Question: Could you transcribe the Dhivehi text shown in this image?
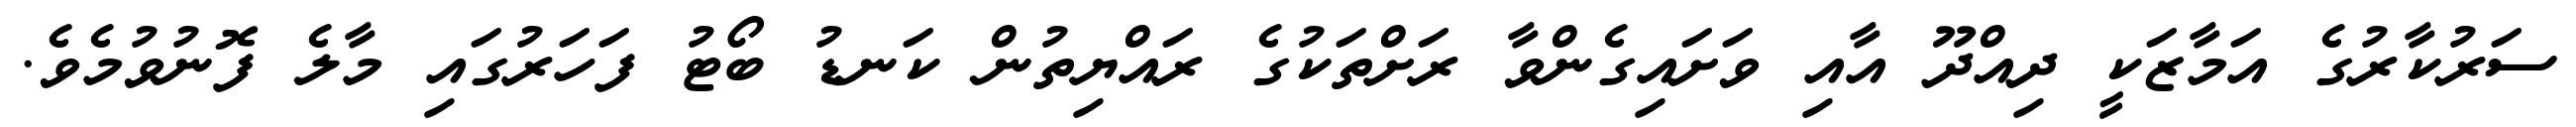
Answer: ސަރުކާރުގެ އަމާޒަކީ ދިއްދޫ އާއި ވަށައިގެންވާ ރަށްތަކުގެ ރައްޔިތުން ކަނޑު ބޯޓު ފަހަރުގައި މާލެ ފޮނުވުމެވެ.